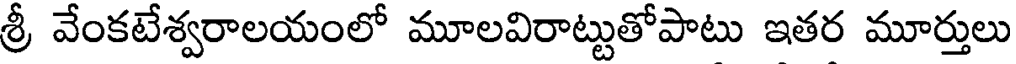
శ్రీ వేంకటేశ్వరాలయంలో మూలవిరాట్టుతోపాటు ఇతర మూర్తులు